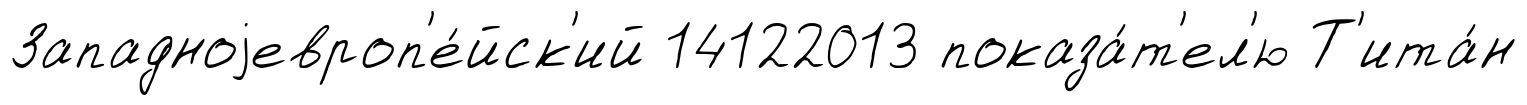
Западноjевроп'е́йск'ий 14122013 показа́т'ел'ю Т'ита́н